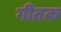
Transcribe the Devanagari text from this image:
गीतक